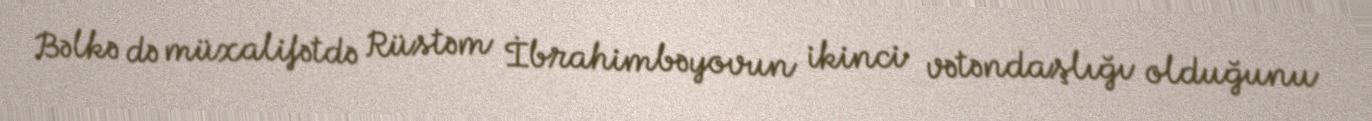
Bəlkə də müxalifətdə Rüstəm İbrahimbəyovun ikinci vətəndaşlığı olduğunu